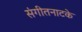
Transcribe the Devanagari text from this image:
संगीतनाटके